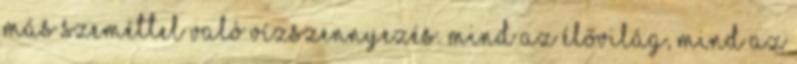
más szeméttel való vízszennyezés. Mind az élővilág, mind az